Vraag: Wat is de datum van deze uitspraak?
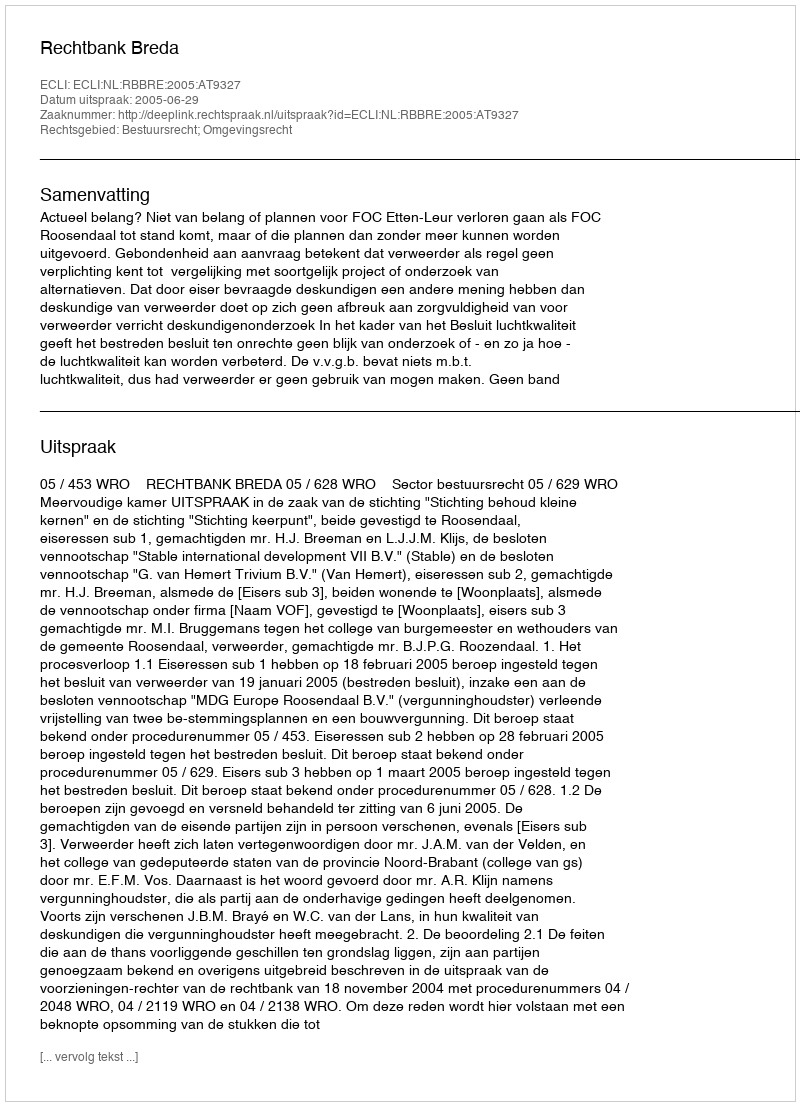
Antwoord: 2005-06-29